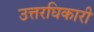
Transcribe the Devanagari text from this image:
उत्तरघिकारी